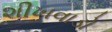
શીખવાડો